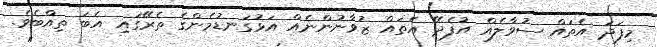
މިފަދަ އެތައް ސުވާލެއް އުފެދޭ އެތައް ޒުވާނުންނެއް އަޅުގަނޑުމެންގެ ތެރޭގައި އެބަ ތިއްބެވެ.